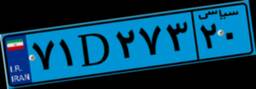
۹۶D۲۵۶۵۵